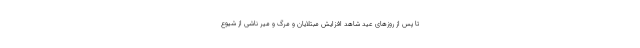
تا پس از روزهای عید شاهد افزایش مبتلایان و مرگ و میر ناشی از شیوع